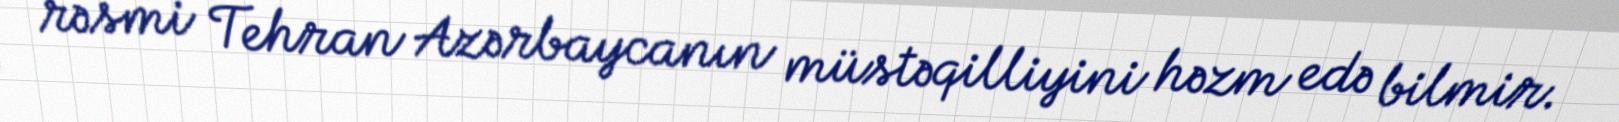
rəsmi Tehran Azərbaycanın müstəqilliyini həzm edə bilmir.